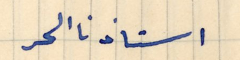
استاذنا الحر